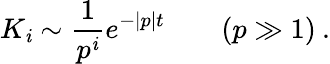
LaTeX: K_{\mathit{i}}\sim\frac{{1}}{{p^{\mathit{i}}}}e^{-|p|t}\qquad(p\gg1)\: .